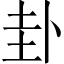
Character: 卦